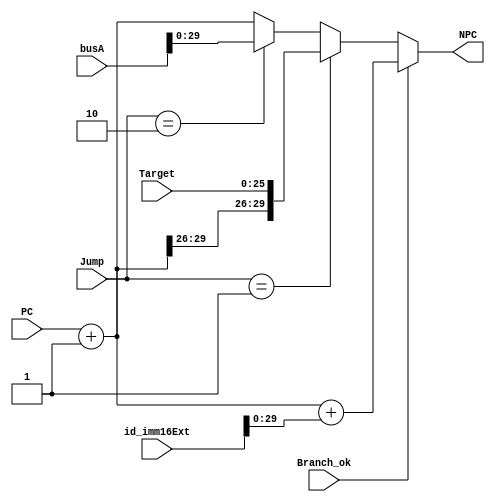

module npc (busA,id_imm16Ext,Branch_ok,Jump,Target,PC,NPC);//(id_imm16,if_flush,id_Jump,ins[25:0],PC,NPC);
	input[31:0]       busA;
	input[31:0]  	  id_imm16Ext;
	input		 	  Branch_ok;
	input[1:0]	 	  Jump;
	input[25:0]  	  Target;
	input[31:2]  	  PC;
	output[31:2] NPC;
	
	wire [31:2] PC_plus_4 = PC[31:2] + 1;
	wire [31:2] PC_br 	  = PC_plus_4[31:2]+ id_imm16Ext[29:0]; //id_imm16Ext

	wire [31:2] PC_jump01 = { PC_plus_4[31:28] , Target[25:0] };
	wire [31:2] PC_jump10 = busA;

	assign NPC = (Branch_ok==1) ? PC_br     :
		         ((Jump==2'b01) ? PC_jump01 : 
		         ((Jump==2'b10) ? PC_jump10 : PC_plus_4));
endmodule